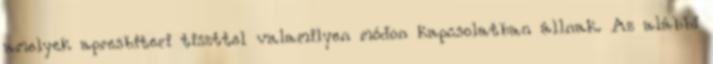
amelyek apresbiteri tiszttel valamilyen módon kapcsolatban állnak. Az alábbi